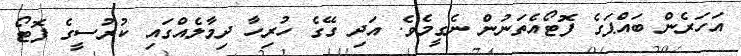
އަހަރެން ބައްޕަގެ ފޮޓޯއެތަނުން ނެގީމެވެ. އަދި ގޭގެ ހުރިހާ ދިމާލެއްގައި ކުރުސީގެ ފޮޓޯ